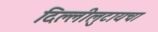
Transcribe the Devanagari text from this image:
दिल्लीलुटायचा